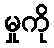
မှုကို